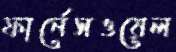
ফার্নেসওয়েল